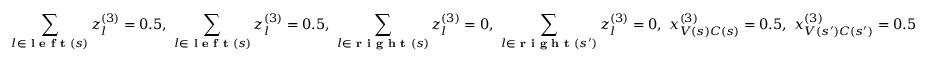
\sum _ { l \in \textbf { l e f t } ( s ) } z _ { l } ^ { ( 3 ) } = 0 . 5 , ~ \sum _ { l \in \textbf { l e f t } ( s ) } z _ { l } ^ { ( 3 ) } = 0 . 5 , ~ \sum _ { l \in \textbf { r i g h t } ( s ) } z _ { l } ^ { ( 3 ) } = 0 , ~ \sum _ { l \in \textbf { r i g h t } ( s ^ { \prime } ) } z _ { l } ^ { ( 3 ) } = 0 , ~ x _ { V ( s ) C ( s ) } ^ { ( 3 ) } = 0 . 5 , ~ x _ { V ( s ^ { \prime } ) C ( s ^ { \prime } ) } ^ { ( 3 ) } = 0 . 5